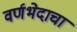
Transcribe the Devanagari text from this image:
वर्णभेदाचा